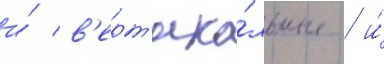
и́ в'ерт'ика́льные / и́